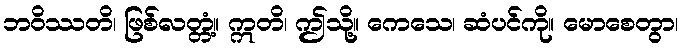
ဘဝိဿတိ၊ ဖြစ်လတ္တံ့။ ဣတိ၊ ဤသို့။ ကေသေ၊ ဆံပင်ကို။ မောစေတွာ၊